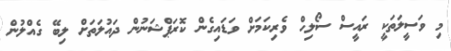
މި ވަސީލަތަކީ ރައީސް ސޯލިހް ވެރިކަމަށް ވަޑައިގެން ކޮރަޕްޝަނުން ދައުލަތަށް ލިބޭ ގެއްލުން